Civil Veterinary Dept. North-West Frontier Province 1933-46 - 1933-1946
Year: 1933
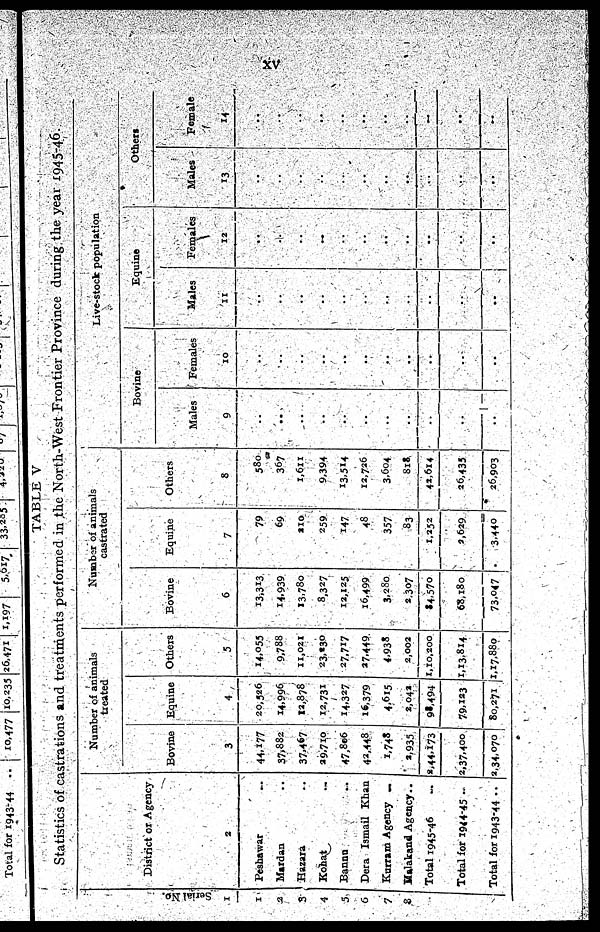
xv
TABLE V
Statistics of castrations and treatments performed in the North-West Frontier Province during the year 1945-46.
Serial No.
1
1
2
3
4
5
6
7
8
District or Agency
2
Peshawar ..
Mardan ..
Hazara ..
Kohat ..
Bannu ..
Dera Ismail Khan
Kurram Agency ..
Malakand Agency..
Total 1945-46 ..
Total for 1944-45 ..
Total for 1943-44 ..
Number of animals
treated
Bovine
3
44,177
37,882
37,467
29,710
47,806
42,448
1,748
2,935
2,44,173
2,37,400
2,34,070
Equine
4
20,326
14,996
12,878
12,731
14,327
16,379
4,615
2,043
98,494
79,123
80,271
Others
5
14,055
9,788
11,021
23,230
27,717
27,449
4,938
2,002
1,10,200
1,13,814
1,17,880
Number of animals
castrated
Bovine
6
13,313
14,939
13,780
8,327
12,125
16,499
3,280
2,307
34,570
68,180
73,047
Equine
7
79
69
210
259
147
48
357
83
1,252
2,629
3,440
Others
8
580
367
1,611
9,394
13,514
12,726
3,604
818
45,614
26,435
26,903
Live-stock population
Bovine
Males
9
..
..
..
..
..
..
..
..
..
..
..
Females
10
..
..
..
..
..
..
..
..
..
..
..
Equine
Males
11
..
..
..
..
..
..
..
..
..
..
..
Females
12
..
..
..
..
..
..
..
..
..
..
..
Others
Males
13
..
..
..
..
..
..
..
..
..
..
..
Female
14
..
..
..
..
..
..
..
..
..
..
..